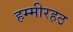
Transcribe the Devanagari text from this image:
हम्मीरहठ